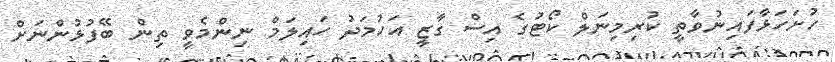
ހުށަހަޅާފައިނުވާތީ ކުރިމިނަލް ކޯޓުގެ އިސް ގާޒީ އަހުމަދު ހައިލަމް ނިންމެވީ ތިން ބޭފުޅުންނަށް